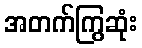
အတက်ကြွဆုံး